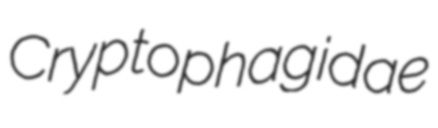
Cryptophagidae